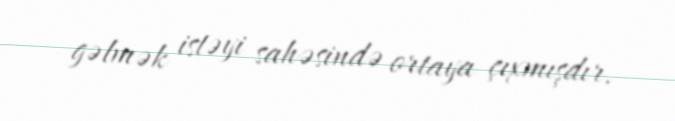
gəlmək istəyi sahəsində ortaya çıxmışdır.